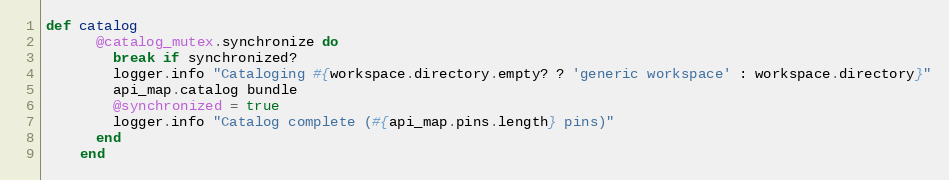
Language: Ruby
def catalog
      @catalog_mutex.synchronize do
        break if synchronized?
        logger.info "Cataloging #{workspace.directory.empty? ? 'generic workspace' : workspace.directory}"
        api_map.catalog bundle
        @synchronized = true
        logger.info "Catalog complete (#{api_map.pins.length} pins)"
      end
    end